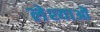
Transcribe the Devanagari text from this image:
लेश्याओं